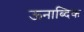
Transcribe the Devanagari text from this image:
ऊनाब्दिक